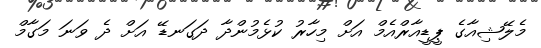
މެލޭޝިއާގެ ޕީޑީއާރްއެމް އަށް މިހާރު ކުޅެމުންދާ ދަގަނޑޭ އަށް ދެ ވަނަ މަގާމް